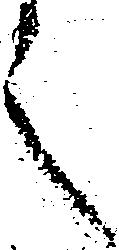
之